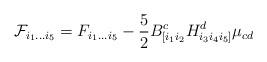
LaTeX: \begin{align*}{\cal F}_{i_1 \dots i_5} = F_{i_1 \dots i_5} - \frac{5}{2}B^c_{[i_1 i_2} H^d_{i_3 i_4 i_5]} \mu_{cd}\end{align*}